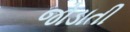
જોડાતી